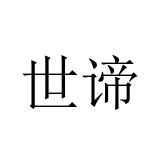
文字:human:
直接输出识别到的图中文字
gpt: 世谛